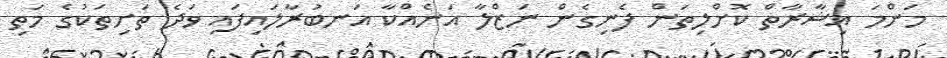
މަންމަ އިޝާރާތް ކޮށްލިތަން ފެނިގެން ނަޒްލާ އަނެއްކާ އަނބުރާލައިފައި ވަދެ ތަށިތަކުގެ މަތި